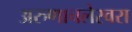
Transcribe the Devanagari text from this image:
अरुणाचलेस्वरा